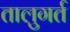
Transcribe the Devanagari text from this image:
तालुगर्त